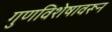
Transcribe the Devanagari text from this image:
गुणविशेषावरून